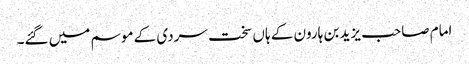
امام صاحب یزید بن ہارون کے ہاں سخت سردی کے موسم میں گئے۔